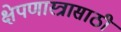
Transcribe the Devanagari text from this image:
क्षेपणास्त्रासाठी